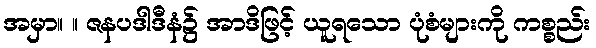
အမှာ။ ။ ဇနပဒါဒီနံ၌ အာဒိဖြင့် ယူရသော ပုံစံများကို ကစ္စည်း